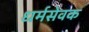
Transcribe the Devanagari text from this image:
धर्मसेवक